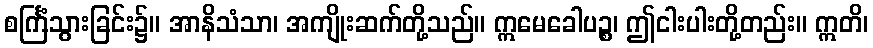
စင်္ကြံသွားခြင်း၌။ အာနိသံသာ၊ အကျိုးဆက်တို့သည်။ ဣမေခေါပဉ္စ၊ ဤငါးပါးတို့တည်း။ ဣတိ၊